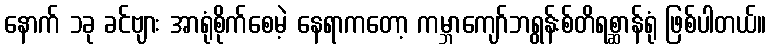
နောက် ၁ခု ခင်ဗျား အာရုံစိုက်စေမဲ့ နေရာကတော့ ကမ္ဘာကျော်ဘရွန်းစ်တိရစ္ဆာန်ရုံ ဖြစ်ပါတယ်။